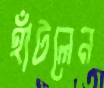
হাঁটলেন